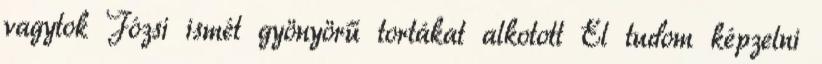
vagytok Józsi ismét gyönyörű tortákat alkotott El tudom képzelni